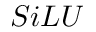
S i L U